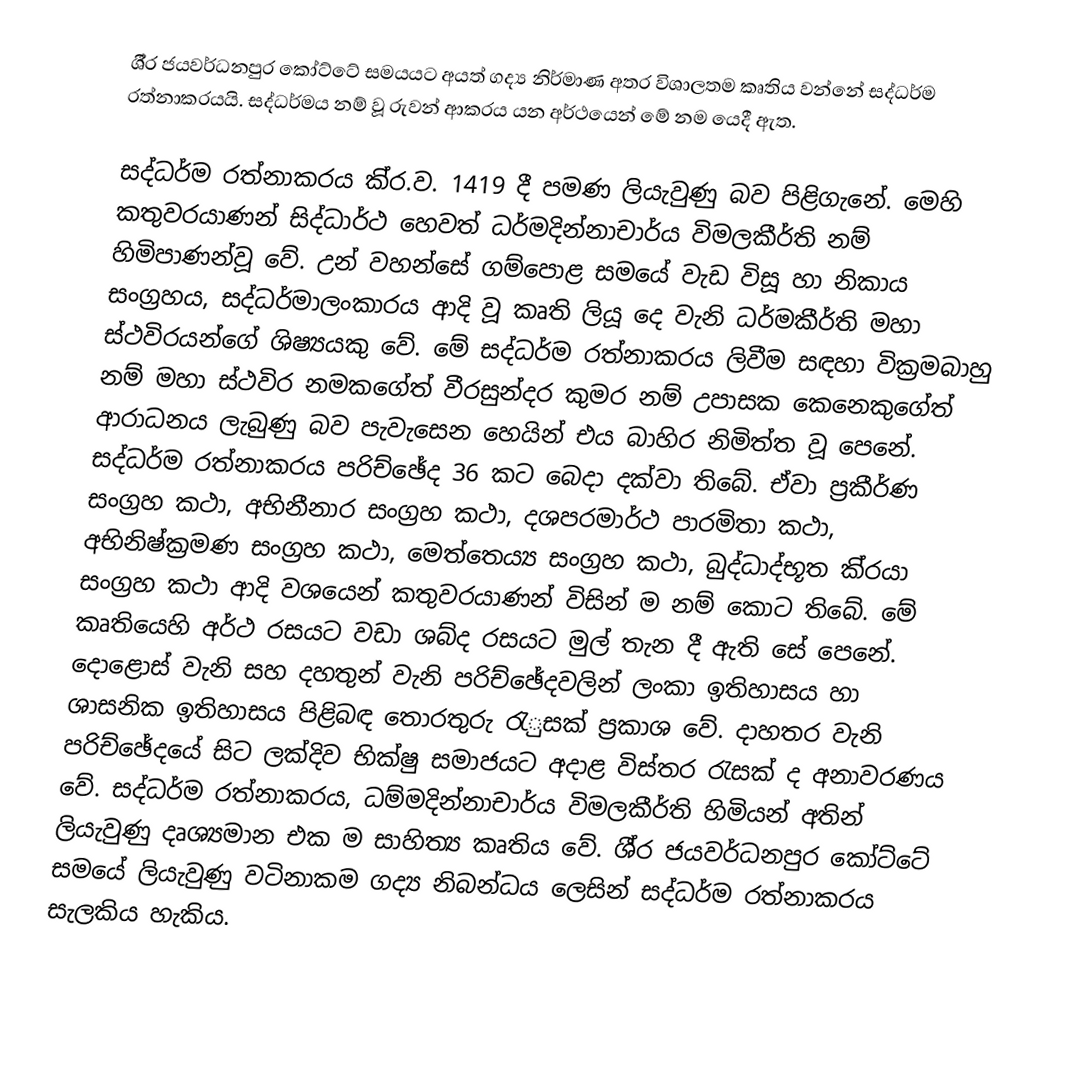
ශී‍්‍ර ජයවර්ධනපුර කෝට්ටේ සමයයට අයත් ගද්‍ය නිර්මාණ අතර විශාලතම කෘතිය වන්නේ සද්ධර්ම රත්නාකරයයි. සද්ධර්මය නම් වූ රුවන් ආකරය යන අර්ථයෙන් මේ නම යෙදී ඇත.

සද්ධර්ම රත්නාකරය කි‍්‍ර.ව. 1419 දී පමණ ලියැවුණු බව පිළිගැනේ. මෙහි කතුවරයාණන් සිද්ධාර්ථ හෙවත් ධර්මදින්නාචාර්ය විමලකීර්ති නම් හිමිපාණන්වූ වේ. උන් වහන්සේ ගම්පොළ සමයේ වැඩ විසූ හා නිකාය සංග‍්‍රහය, සද්ධර්මාලංකාරය ආදි වූ කෘති ලියූ දෙ වැනි ධර්මකීර්ති මහා ස්ථවිරයන්ගේ ශිෂ්‍යයකු වේ. මේ සද්ධර්ම රත්නාකරය ලිවීම සඳහා වික‍්‍රමබාහු නම් මහා ස්ථවිර නමකගේත් වීරසුන්දර කුමර නම් උපාසක කෙනෙකුගේත් ආරාධනය ලැබුණු බව පැවැසෙන හෙයින් එය බාහිර නිමිත්ත වූ පෙනේ. සද්ධර්ම රත්නාකරය පරිච්ඡේද 36 කට බෙදා දක්වා තිබේ. ඒවා ප‍්‍රකීර්ණ සංග‍්‍රහ කථා, අභිනීනාර සංග‍්‍රහ කථා, දශපරමාර්ථ පාරමිතා කථා, අභිනිෂ්ක‍්‍රමණ සංග‍්‍රහ කථා, මෙත්තෙය්‍ය සංග‍්‍රහ කථා, බුද්ධාද්භූත කි‍්‍රයා සංග‍්‍රහ කථා ආදි වශයෙන් කතුවරයාණන් විසින් ම නම් කොට තිබේ. මේ කෘතියෙහි අර්ථ රසයට වඩා ශබ්ද රසයට මුල් තැන දී ඇති සේ පෙනේ. දොළොස් වැනි සහ දහතුන් වැනි පරිච්ඡේදවලින් ලංකා ඉතිහාසය හා ශාසනික ඉතිහාසය පිළිබඳ තොරතුරු රැුසක් ප‍්‍රකාශ වේ. දාහතර වැනි පරිච්ඡේදයේ සිට ලක්දිව භික්ෂු සමාජයට අදාළ විස්තර රැසක් ද අනාවරණය වේ. සද්ධර්ම රත්නාකරය, ධම්මදින්නාචාර්ය විමලකීර්ති හිමියන් අතින් ලියැවුණු දෘශ්‍යමාන එක ම සාහිත්‍ය කෘතිය වේ. ශී‍්‍ර ජයවර්ධනපුර කෝට්ටේ සමයේ ලියැවුණු වටිනාකම ගද්‍ය නිබන්ධය ලෙසින් සද්ධර්ම රත්නාකරය සැලකිය හැකිය.